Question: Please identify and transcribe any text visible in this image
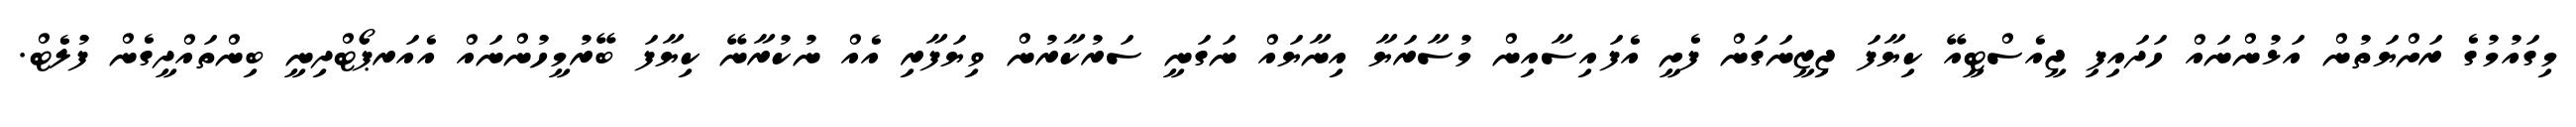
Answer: މިގައުމުގެ ރަށްޔަތުން އަޅުންނައް ހަދައިފި ޖީއެސްޓީއޭ ކިޔާފަ ޖިޒީނަގަން ފެށީ އެފައިސާއިން މުސާރަޔާ އިނާޔައް ނަގަނީ ސަރުކާރުން ވިޔަފާރި އެއް ނުކުރާނޭ ކިޔާފަ ބޭރުމީހުންނައް އެއަރޕޯޓްދިނީ ބިންތައްދީގެން ފުލެޓް.